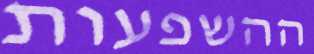
ההשפעות